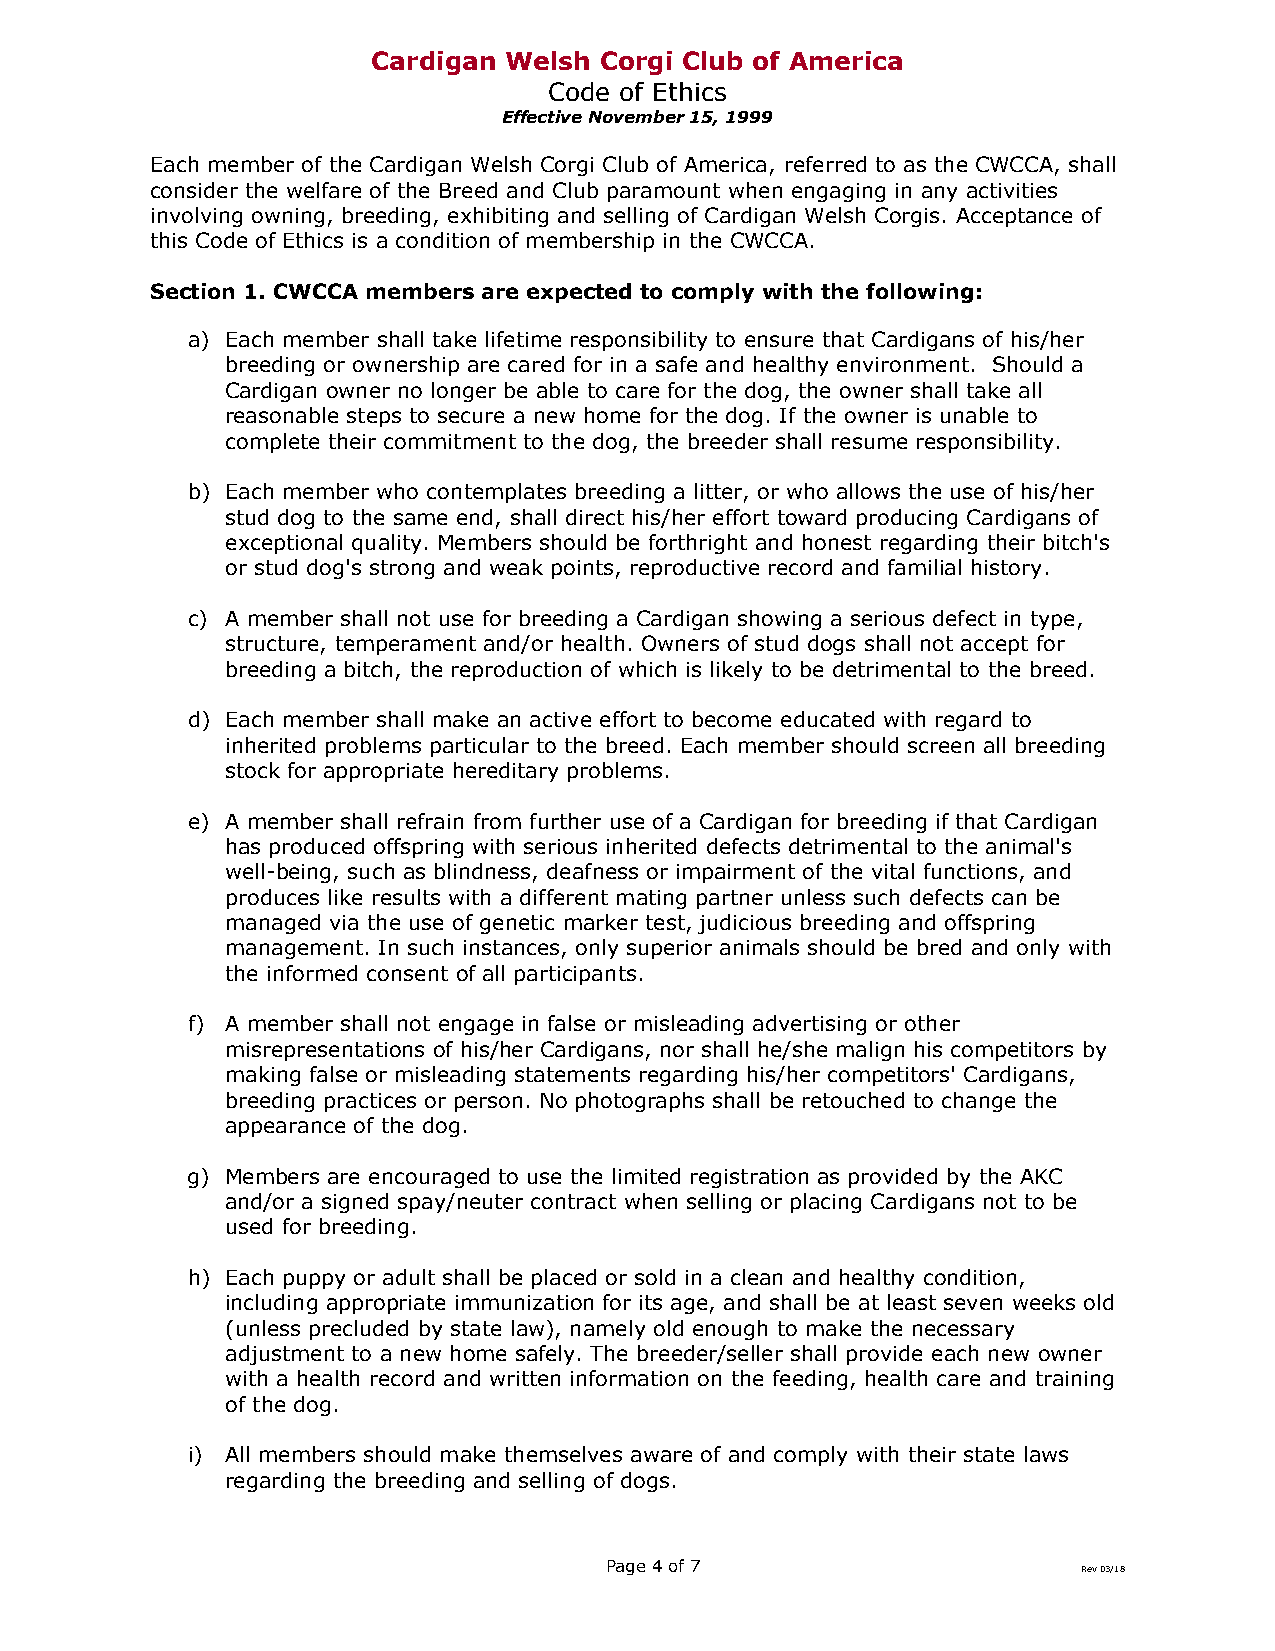
Cardigan Welsh Corgi Club of America
 Code of Ethics
 Effective November 15, 1999
 Each member of the Cardigan Welsh Corgi Club of America, referred to as the CWCCA, shall
 consider the welfare of the Breed and Club paramount when engaging in any activities
 involving owning, breeding, exhibiting and selling of Cardigan Welsh Corgis. Acceptance of
 this Code of Ethics is a condition of membership in the CWCCA.
 Section 1. CWCCA members are expected to comply with the following:
 a) Each member shall take lifetime responsibility to ensure that Cardigans of his/her
 breeding or ownership are cared for in a safe and healthy environment. Should a
 Cardigan owner no longer be able to care for the dog, the owner shall take all
 reasonable steps to secure a new home for the dog. If the owner is unable to
 complete their commitment to the dog, the breeder shall resume responsibility.
 b) Each member who contemplates breeding a litter, or who allows the use of his/her
 stud dog to the same end, shall direct his/her effort toward producing Cardigans of
 exceptional quality. Members should be forthright and honest regarding their bitch's
 or stud dog's strong and weak points, reproductive record and familial history.
 c) A member shall not use for breeding a Cardigan showing a serious defect in type,
 structure, temperament and/or health. Owners of stud dogs shall not accept for
 breeding a bitch, the reproduction of which is likely to be detrimental to the breed.
 d) Each member shall make an active effort to become educated with regard to
 inherited problems particular to the breed. Each member should screen all breeding
 stock for appropriate hereditary problems.
 e) A member shall refrain from further use of a Cardigan for breeding if that Cardigan
 has produced offspring with serious inherited defects detrimental to the animal's
 well-being, such as blindness, deafness or impairment of the vital functions, and
 produces like results with a different mating partner unless such defects can be
 managed via the use of genetic marker test, judicious breeding and offspring
 management. In such instances, only superior animals should be bred and only with
 the informed consent of all participants.
 f) A member shall not engage in false or misleading advertising or other
 misrepresentations of his/her Cardigans, nor shall he/she malign his competitors by
 making false or misleading statements regarding his/her competitors' Cardigans,
 breeding practices or person. No photographs shall be retouched to change the
 appearance of the dog.
 g) Members are encouraged to use the limited registration as provided by the AKC
 and/or a signed spay/neuter contract when selling or placing Cardigans not to be
 used for breeding.
 h) Each puppy or adult shall be placed or sold in a clean and healthy condition,
 including appropriate immunization for its age, and shall be at least seven weeks old
 (unless precluded by state law), namely old enough to make the necessary
 adjustment to a new home safely. The breeder/seller shall provide each new owner
 with a health record and written information on the feeding, health care and training
 of the dog.
 i) All members should make themselves aware of and comply with their state laws
 regarding the breeding and selling of dogs.
 Page 4 of 7                     Rev 03/18